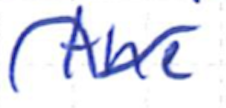
Text: the
Cross-out: wave
Writing tool: ballpoint